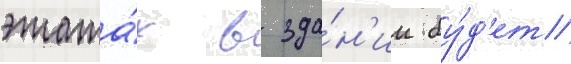
этажа́х в зда́н'ии бу́д'ет